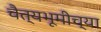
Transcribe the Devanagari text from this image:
चैत्यभूमीच्या